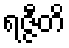
ရဇ္ဇီတိ